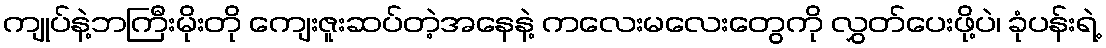
ကျုပ်နဲ့ဘကြီးမိုးတို ကျေးဇူးဆပ်တဲ့အနေနဲ့ ကလေးမလေးတွေကို လွှတ်ပေးဖို့ပဲ၊ ခုံပန်းရဲ့